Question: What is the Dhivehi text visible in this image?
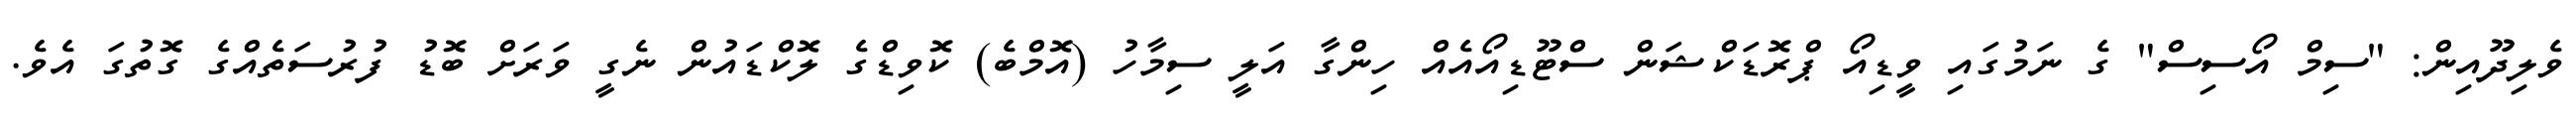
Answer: ވެލިދޫއިން: "ސިމް އޯސިސް" ގެ ނަމުގައި ވީޑިއޯ ޕްރޮޑަކްޝަން ސްޓޫޑިއޯއެއް ހިންގާ އަލީ ސިމާހު (އޮމްބެ) ކޮވިޑްގެ ލޮކްޑައުން ނެގީ ވަރަށް ބޮޑު ފުރުސަތެއްގެ ގޮތުގަ އެވެ.